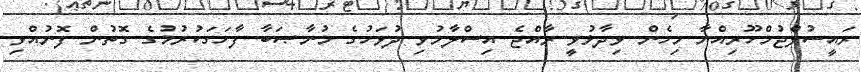
ރައީސުލްޖުމްހޫރިއްޔާ މިހެން ވިދާޅުވީ ރާއްޖެ އިސްލާމުވި ދުވަހުގެ މުނާޞަބާ ފާހަގަކުރުމުގެ ގޮތުން ފޮނުއްވި